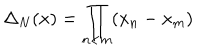
\Delta _ { N } ( x ) = \prod _ { n < m } ( x _ { n } - x _ { m } )